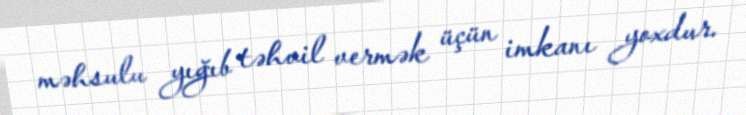
məhsulu yığıb təhvil vermək üçün imkanı yoxdur.